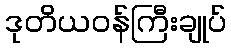
ဒုတိယဝန်ကြီးချုပ်